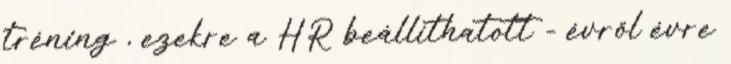
tréning , ezekre a HR beállíthatott - évről évre